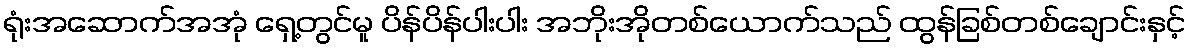
ရုံးအဆောက်အအုံ ရှေ့တွင်မူ ပိန်ပိန်ပါးပါး အဘိုးအိုတစ်ယောက်သည် ထွန်ခြစ်တစ်ချောင်းနှင့်